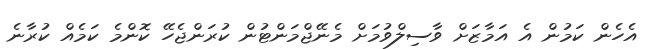
އެހެން ކަމުން އެ އަމާޒަށް ވާސިލްވުމަށް މެނޭޖްމަންޓުން ކުރަންޖެހޭ ކޮންމެ ކަމެއް ކުރާނެ